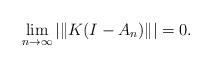
LaTeX: \begin{align*}\lim_{n \to \infty} |\|K(I-A_n)\|| = 0.\end{align*}